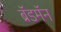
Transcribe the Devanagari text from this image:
ब्रॅडमॅन